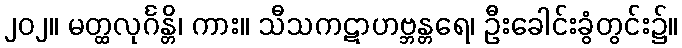
၂၀၂။ မတ္ထလုင်္ဂန္တိ၊ ကား။ သီသကဋာဟဗ္ဘန္တရေ၊ ဦးခေါင်းခွံတွင်း၌။